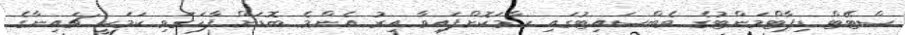
ސްޓޭޓް ޑިޕާޓްމަންޓުގެ ވެބްސައިޓުގައި ހާމަކޮށްފައިވާ އިރު އެންމެ ބޮޑަށް ފާހަގަވި ކަމަކީ ޗައިނާގެ